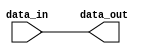
// ***************************************************************************
// ***************************************************************************
// Copyright 2018 (c) Analog Devices, Inc. All rights reserved.
//
// Each core or library found in this collection may have its own licensing terms.
// The user should keep this in in mind while exploring these cores.
//
// Redistribution and use in source and binary forms,
// with or without modification of this file, are permitted under the terms of either
//  (at the option of the user):
//
//   1. The GNU General Public License version 2 as published by the
//      Free Software Foundation, which can be found in the top level directory, or at:
// https://www.gnu.org/licenses/old-licenses/gpl-2.0.en.html
//
// OR
//
//   2.  An ADI specific BSD license as noted in the top level directory, or on-line at:
// https://github.com/analogdevicesinc/hdl/blob/dev/LICENSE
//
// ***************************************************************************
// ***************************************************************************

`timescale 1ns/100ps

module util_pad #(
  parameter NUM_OF_SAMPLES = 2,
  parameter IN_BITS_PER_SAMPLE = 16,
  parameter OUT_BITS_PER_SAMPLE = 16,
  parameter PADDING_TO_MSB_LSB_N = 0,
  parameter SIGN_EXTEND = 1
) (
  input [NUM_OF_SAMPLES*IN_BITS_PER_SAMPLE-1:0] data_in,
  output reg [NUM_OF_SAMPLES*OUT_BITS_PER_SAMPLE-1:0] data_out
);

  // Remove padding
  if (IN_BITS_PER_SAMPLE >= OUT_BITS_PER_SAMPLE) begin
    integer i;
    always @(*) begin
      for (i=0;i<NUM_OF_SAMPLES;i=i+1) begin
        if (PADDING_TO_MSB_LSB_N==1) begin
          data_out[i*OUT_BITS_PER_SAMPLE +: OUT_BITS_PER_SAMPLE] =
            data_in[i*IN_BITS_PER_SAMPLE +: OUT_BITS_PER_SAMPLE];
        end else begin
          data_out[i*OUT_BITS_PER_SAMPLE +: OUT_BITS_PER_SAMPLE] =
            data_in[((i+1)*IN_BITS_PER_SAMPLE)-1 -: OUT_BITS_PER_SAMPLE];
        end
      end
    end
  end

  // Add padding
  if (IN_BITS_PER_SAMPLE < OUT_BITS_PER_SAMPLE) begin
    integer i;
    always @(*) begin
      for (i=0;i<NUM_OF_SAMPLES;i=i+1) begin
        if (PADDING_TO_MSB_LSB_N==1) begin
          data_out[i*OUT_BITS_PER_SAMPLE +: OUT_BITS_PER_SAMPLE] =
            {{OUT_BITS_PER_SAMPLE-IN_BITS_PER_SAMPLE{data_in[(i+1)*IN_BITS_PER_SAMPLE-1]&SIGN_EXTEND[0]}},
            data_in[i*IN_BITS_PER_SAMPLE +: OUT_BITS_PER_SAMPLE]};
        end else begin
          data_out[i*OUT_BITS_PER_SAMPLE +: OUT_BITS_PER_SAMPLE] =
            {data_in[((i+1)*IN_BITS_PER_SAMPLE)-1 -: OUT_BITS_PER_SAMPLE],
            {OUT_BITS_PER_SAMPLE-IN_BITS_PER_SAMPLE{1'b0}}};
        end
      end
    end
  end

endmodule